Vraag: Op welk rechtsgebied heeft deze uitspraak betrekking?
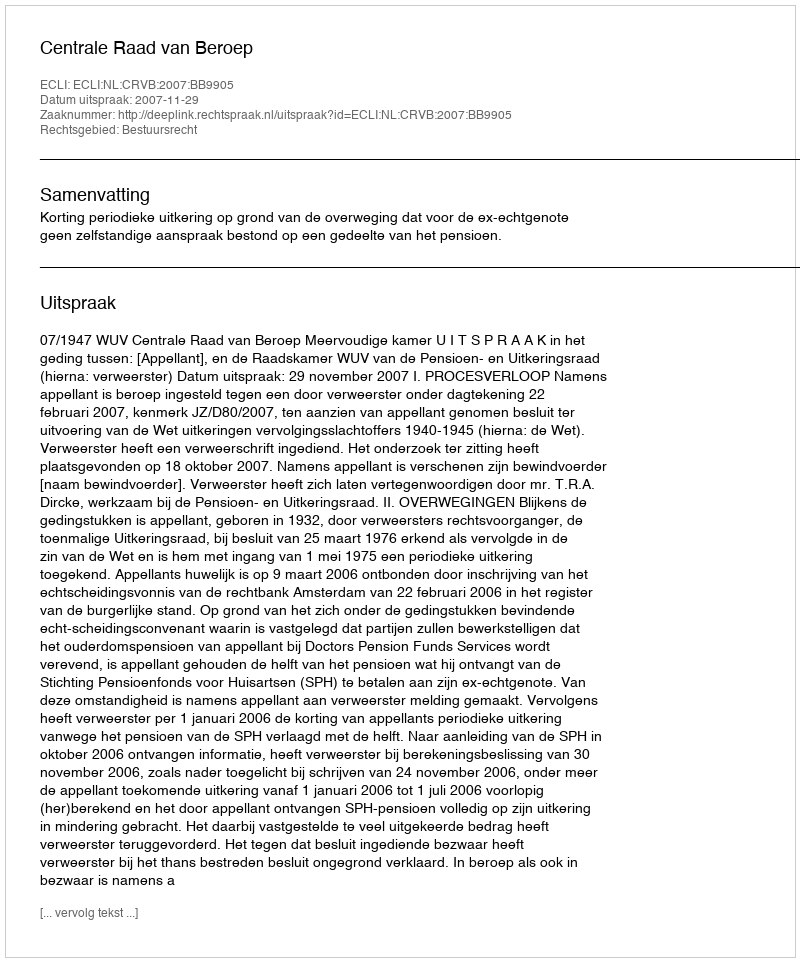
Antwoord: Bestuursrecht